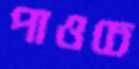
পাওচে